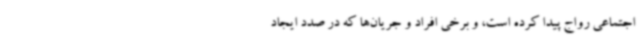
اجتماعی رواج پیدا کرده است، و برخی افراد و جریان‌ها که در صدد ایجاد